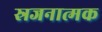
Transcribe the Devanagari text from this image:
स्रजनात्मक